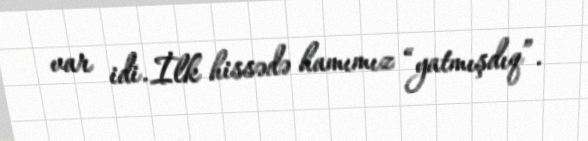
var idi. İlk hissədə hamımız “yatmışdıq”.